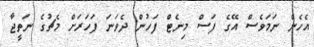
އެހެން ނަމަވެސް އޭގެ ފަސް މިނެޓް ފަހުން ދެވަނަ ފަހަރަށް މެޗުގެ ނަތީޖާ